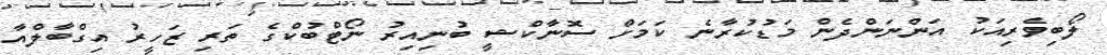
ލޯބިވެރިއަކު އަންނަންދެން މަޑުކުރާނެ ކަމަށް ސޮނާކްޝީ ބުނިއިރު ނޯޓްބުކްގެ ތަރި ޒަހީރު އިގްބާލްއާ